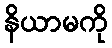
နိယာမကို